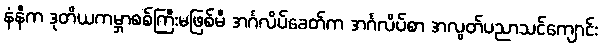
နံနီက ဒုတိယကမ္ဘာစစ်ကြီးမဖြစ်မီ အင်္ဂလိပ်ခေတ်က အင်္ဂလိပ်စာ အလွတ်ပညာသင်ကျောင်း